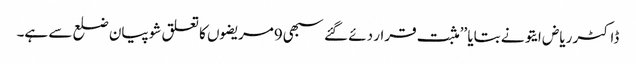
ڈاکٹر ریاض ایتو نے بتایا ’’مثبت قرار دئے گئے سبھی9مریضوں کا تعلق شوپیان ضلع سے ہے۔